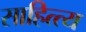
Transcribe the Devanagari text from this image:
साहित्त्य